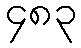
၄၈၃